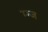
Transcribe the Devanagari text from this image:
म्ग्ज